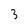
Character: 3